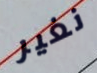
نغير